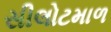
સીલોટમાળ